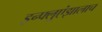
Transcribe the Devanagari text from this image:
इन्फ्लुएंझालाच